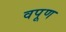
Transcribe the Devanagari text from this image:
वपूण